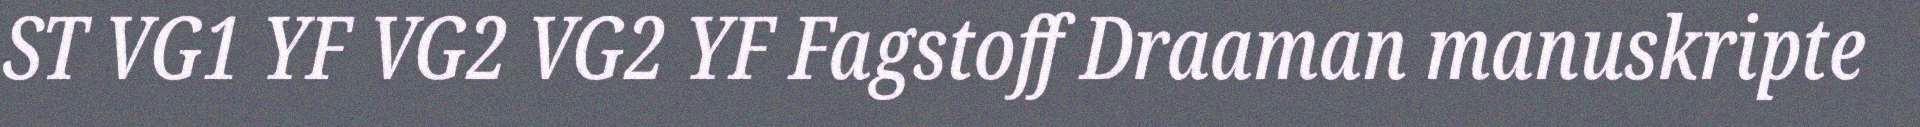
ST VG1 YF VG2 VG2 YF Fagstoff Draaman manuskripte